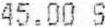
45.00 S